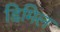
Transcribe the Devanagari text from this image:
डिमिल